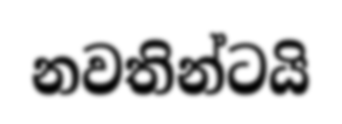
නවතින්ටයි